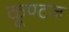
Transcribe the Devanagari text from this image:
कूण्टज